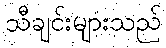
သီချင်းများသည်